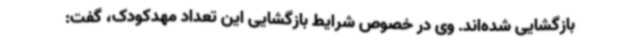
بازگشایی شده‌اند. وی در خصوص شرایط بازگشایی این تعداد مهدکودک، گفت: